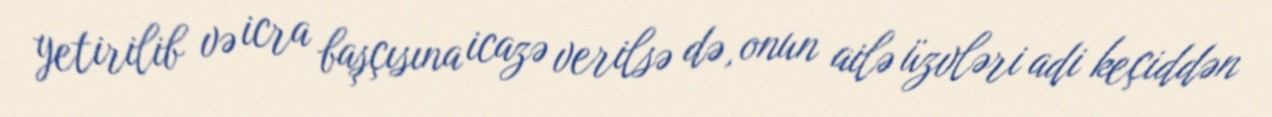
yetirilib və icra başçısına icazə verilsə də, onun ailə üzvləri adi keçiddən